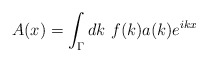
\begin{align*}A(x)=\int_\Gamma dk~f(k)a(k) e^{ikx}\end{align*}